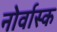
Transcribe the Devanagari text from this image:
नोर्वास्क